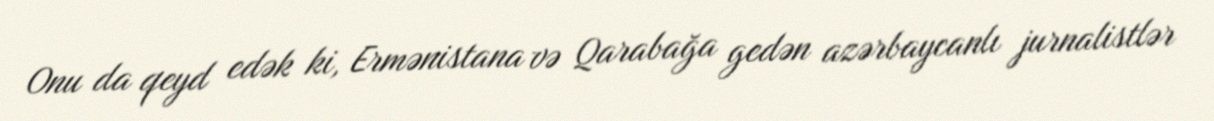
Onu da qeyd edək ki, Ermənistana və Qarabağa gedən azərbaycanlı jurnalistlər